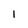
Character: 1